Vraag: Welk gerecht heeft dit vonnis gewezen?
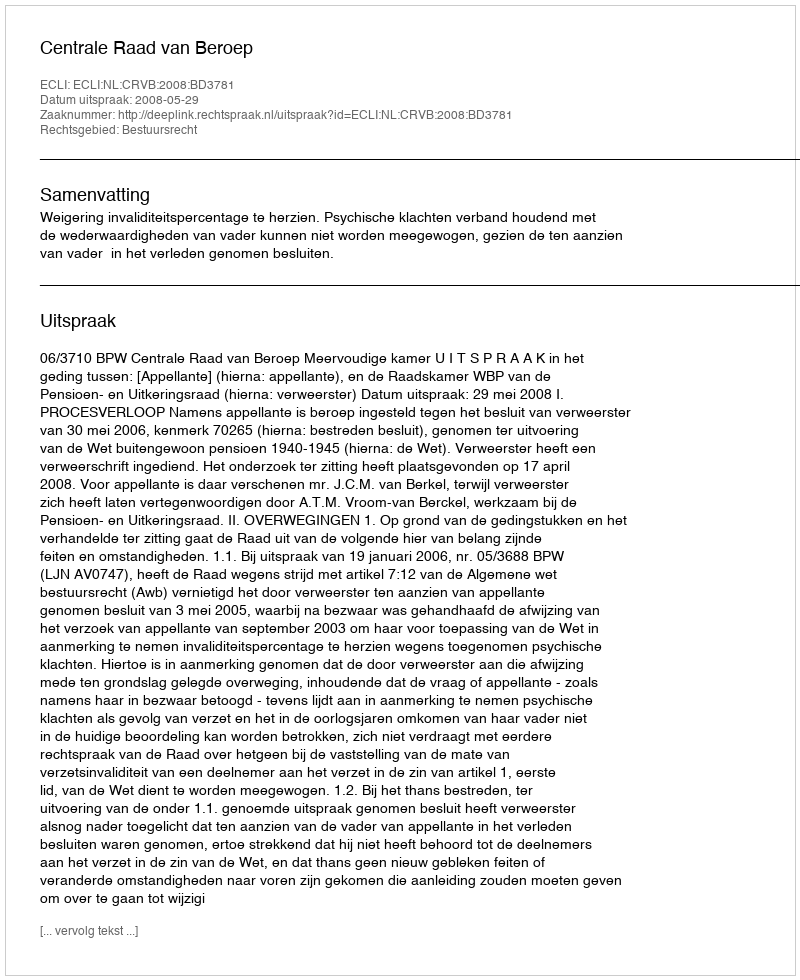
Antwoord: Centrale Raad van Beroep